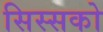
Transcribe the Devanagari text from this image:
सिस्सको